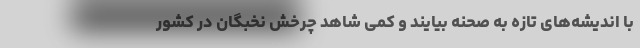
با اندیشه‌های تازه به صحنه بیایند و کمی شاهد چرخش نخبگان در کشور